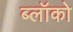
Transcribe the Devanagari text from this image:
ब्लॉको